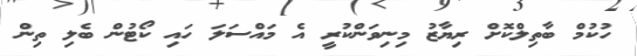
ހުކުމް ބާތިލްކޮށް ރިޔާޒު މިނިވަންކުރީ އެ މައްސަލަ ހައި ކޯޓުން ބެލި ތިން